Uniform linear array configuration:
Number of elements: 64
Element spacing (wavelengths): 1
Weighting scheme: exponential
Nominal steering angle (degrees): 60
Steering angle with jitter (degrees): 61.925
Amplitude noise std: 0.05
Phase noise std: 0.05

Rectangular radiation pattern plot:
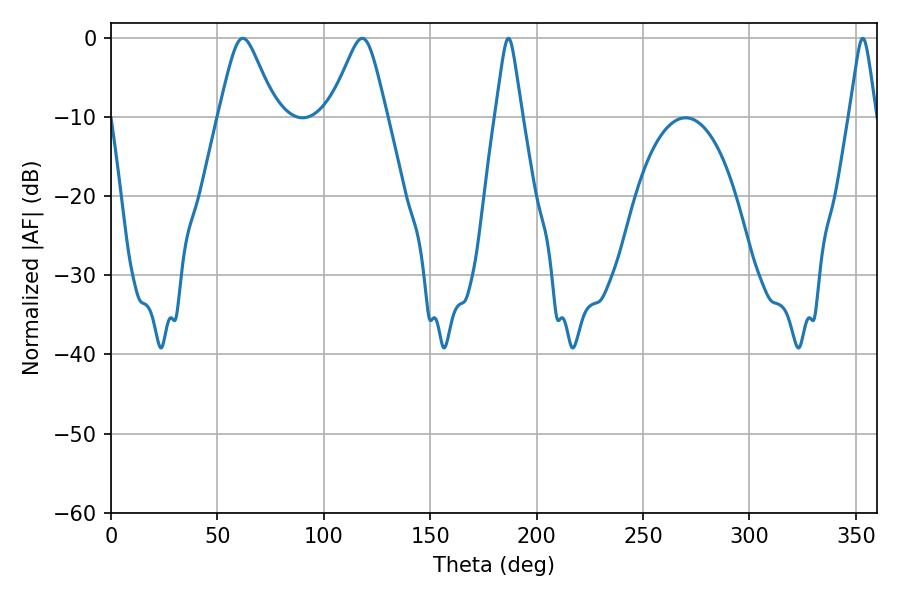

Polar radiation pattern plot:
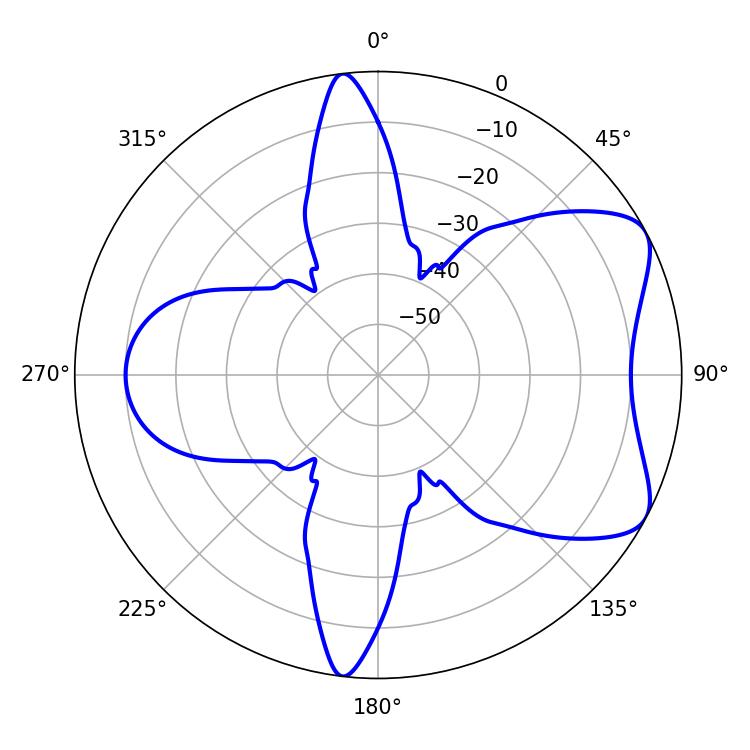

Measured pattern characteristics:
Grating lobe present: TRUE
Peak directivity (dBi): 6.661
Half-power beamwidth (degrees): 12.6
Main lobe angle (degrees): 61.92